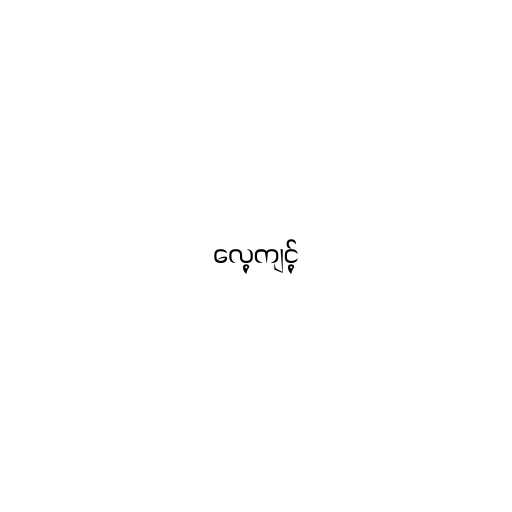
လေ့ကျင့်